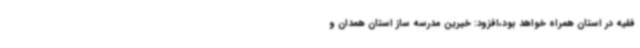
فقیه در استان همراه خواهد بود،افزود: خیرین مدرسه ساز استان همدان و